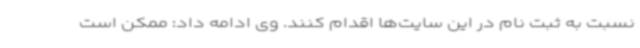
نسبت به ثبت نام در این سایت‌ها اقدام کنند. وی ادامه داد: ممکن است